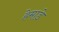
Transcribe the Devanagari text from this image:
हेमाडे